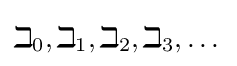
\beth _{0},\beth _{1},\beth _{2},\beth _{3},\dots